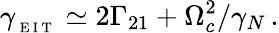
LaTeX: \gamma_{_\mathrm{~E~I~T~}}\simeq 2\Gamma_{21}+\Omega_{c}^{2}/\gamma_{N}\, .